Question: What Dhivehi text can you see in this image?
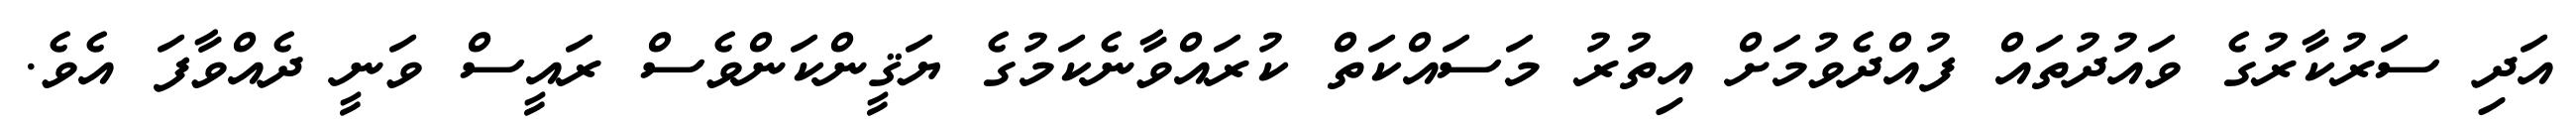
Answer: އަދި ސަރުކާރުގެ ވައުދުތައް ފުއްދެވުމަށް އިތުރު މަސައްކަތް ކުރައްވާނެކަމުގެ ޔަޤީންކަންވެސް ރައީސް ވަނީ ދެއްވާފަ އެވެ.